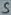
Text: S